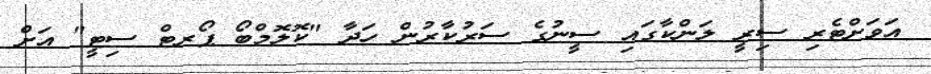
އަވަށްޓެރި ސިރީ ލަންކާގައި ސީނުގެ ސަރުކާރުން ހަދާ "ކޮލޮމްބޯ ޕޯރޓް ސިޓީ" އަށް